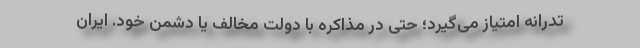
تدرانه امتیاز می‌گیرد؛ حتی در مذاکره با دولت مخالف یا دشمن خود. ایران